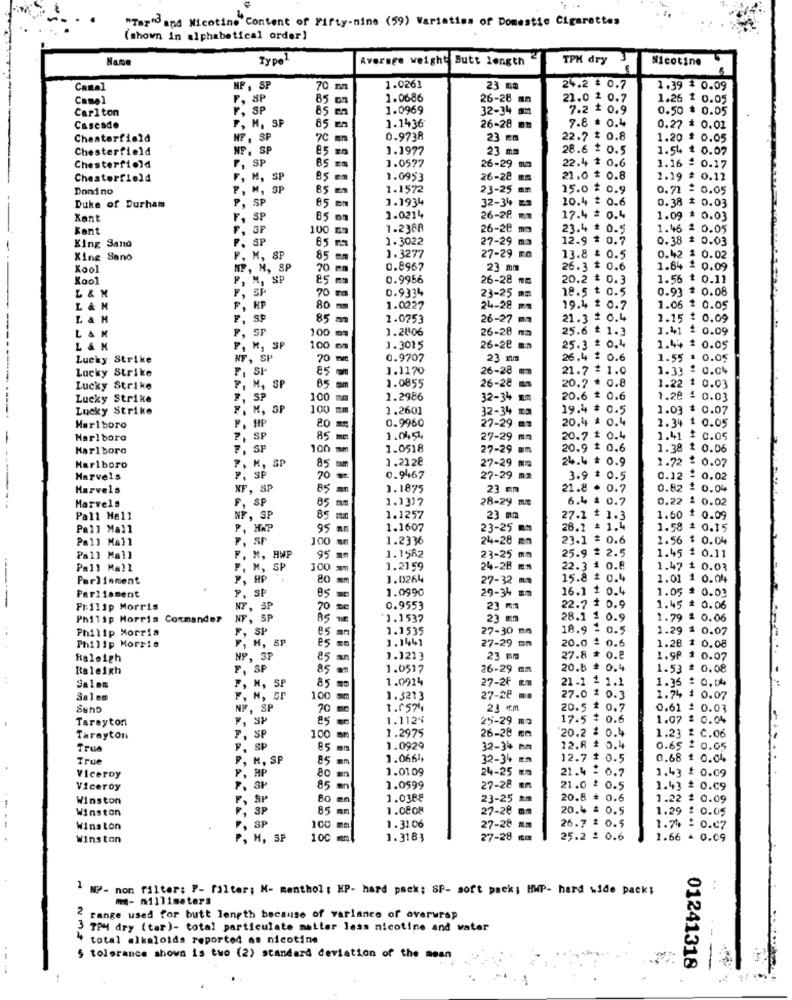
"Tar"Band Nicotine Content of Fifty-nine (59) Varieties of Domestic Cigarettes
(shown in alphabetical order)
Name
Type1
Average weight Butt length
TPM dry
Nicotine
Canal
NP, SP
70 m
1.026]
23 ma
24.2 # 0.7
1.39 $ 0.09
Camel
, SP
85
1.0686
26-28 mm
21.0 1 0.7
1.26 1 0.05
SP
85
1.0969
32-34 mm
7.2 $ 0.9
0.50 $ 0.05
Carlton
85
1.1436
Cascade
M. SP
5 En
26-28 mm
7.8 . 0.4
0.27 = 0.01
Chesterfield
HP , SP
0-9738
23 Æm
22.7 * 0.8
1.20 $ 0.05
Chesterfield
NF. SP
85 mm
1.1977
23 mm
28.6 $ 0.5
1.54 $ 0.07
1.0577
Chesterfield
F, SP
85
26-29 119
22.4 $ 0.6
1.16 = 0.17
Chesterfield
F, M, SP
85
1.0953
26-28 mm
21.0 $ 0.8
1.19 # 0.12
Dond no
F, M, SP
85 mm
1.1572
23-25 mm
15.0 $ 0.9
0.71 = 0.05
P, SP
85
1.1934
32-34 Ra
0.38
: 0.03
Duke of Durham
5 mm
20.4 # 0.6
Kent
F, SP
85
5 mm
1.0214
26-28 mm
17.4 # 0.4
1.09 * 0.03
Kant
3F
100
1.2388
26-20 mm
23.4 # 0.5
1.46 = 0.05
F. SP
65
5 m
1. 3022
27-29 mm
12.9 $ 0.7
0.38 # 0.03
King Sand
Xing Sano
F, M, SP
85 mm
1.3277
27-29 mo
13.8 = 0.5
0.42 $ 0.02
Kool
NF, M, SP
20
0 mm
0.8967
23 mm
26.3 $ 0.6
1.84 = 0.09
Kool
F, M, S
85 mm
0.9956
26-28 mm
20.2 $ 0.3
1.56 ₺ 0.11
70 mm
0.9334
18.5 ₺ 0.5
0.93 * 0.08
L & N
23-25 mm
L& M
P. HP
80m
1.0227
24-28 mm
19.4 * 0.7
1.05 $ 0.05
L & H
F, SP
85
1.0753
26-27 mm
21.3 = 0.4
1.15 * 0.09
F, SP
1.2006
26-28 mm
25.6 ₺ 1.]
1.41 1 0.09
LAK
100 m
L&M
F, M, SP
100 mm
1.3015
26-28 ma
25.3 * 0.4
1.44 # 0.05
Lucky Strike
NF, SP
70 mm
0.9707
23 mm
26.4 # 0.6
1.55 : 0.05
Lucky Strike
F, SI
1.1170
26-28 mm
21.7 : 1.0
1.33 . O.C4
1.0855
1.22 $ 0.03
Lucky Strike
M, SP
85 mm
26-28 mm
20.2 * 0.8
Lucky Strike
SP
100 mm
1.2986
32-34 mm
20.6 * 0.6
1.28 4 0.03
Lucky Strike
F. M, SP
100
1.2601
32-34 13
19.4 $ 0.5
1.03 $ 0.07
0.9960
20.4 * 0.4
2.34 1 0.05
Marlboro
P. HP
20 m
27-29 mm
Marlboro
P, SP
85m
1.0454
27-29 mm
20.7 + 0.4
1.41
c.05
Marlboro
F, SP
100 mm
1.0518
27-29 mm
20.9 $ 0.6
1.38 $ 0.06
1.2128
24.4 # 0.9
1.72 $ 0.07
Marlboro
P. K, SP
85
27-29 mm
Harvels
P. SP
70
0.9467
27-29 m2
3.9 $ 0.5
0.12 : 0.02
Marvels
NF, SP
85 an
1.1875
23 mm
21.8 . 0.7
0.82 $ 0.04
Marvels
F, SP
1.1317
28-29 mm
6.4 = 0.7
0.22 : 0.02
85 mm
Pall Mall
NF, SP
85 mm
1.1257
23 mm
27.1 + 1.3
1.60 $ 0.09
Pall Mall
P, HAP
95 mm
1.1607
23-25 mm
26.1 = 1.4
1.58 # 0.15
Pall Mall
F, SP
100 mm
1.2336
24-28 mm
23.1 $ 0.6
1.56 $ 0.04
1.1582
25.9 # 2.5
1.45 # 0.11
Pall Mall
F. M, HWP
95 mm
23-25 mm
Pall Mall
P. M.
300 mm
1.2159
24-28 mm
22.3 # 0.8
1.47 1 0.03
Parliament
P. HP
80 mm
1.0264
27-32 mm
15.8 # 0.4
1.01 1 0.04
P. SP
1.0990
29-34 mm
16.1 1 0.4
1.05 $ 0.03
Parliament
85 m
Frilip Morris
NY, 3
70 De
0.9553
23 m1
22.7 + 0.9
1.45 = 0.06
Philip Morris Commander
NF, SP
AS THE
*1.1537
23 mm
28.1 1 0.9
1.79 $ 0.06
..
Philip Morris
F, SP
e5 mn
1.1535
27-30 mm
18.9 = 0.5
1.29
0.07
es so
1.1441
27-29 mm
Philip Morris
F, H, SP
20.0 : 0.6
1.28 1 0.08
Raleigh
NP, 3P
es an
1.1213
23 mm
27.8 = 0.8
1.90 $ 0.07
Raleigh
F, SP
85
1.0517
26-29 mm
20.8 * 0.4
1.53 # 0.08
:
1.0914
27-20 m
21-1 1 1.1
1.36 : 0.04
Salon
F, M, SP
85 00
27-28 m
Salem
F, N, SP
100 mm
1.3213
27.0 $ 0.3
1.74
1 0.07
Sunp
NF, SP
70 mc
1.05744
23 cm
20.5 $ 0.7
0.61 2 0.03
Tareyton
F, SP
85 mm
1.1124
17.5 $ 0.6
$ 0.04
1.2975
25-29 ma
20.2 = 0.4
Tarayton
F, SP
100 mm
26-28 mm
1.23 2 C.06
True
F. SP
85 mm
1.0929
32-34 mm
12.8 + 0.4
0.65 2 0.05
True
P, H, SP
85 mm
1.0661
32-34 mm
12.7 $ 0.5
0.68 $ 0.04
80
1.0109
24-25 za
21.4 : 0.7
1.43 $ 0.09
Viceroy
Viceroy
SI
85 an
1.0599
27-28 mm
21.0 $ 0.5
1.43 # 0.09
Winston
F, SP
80 mn
1.0388
23-25 mm
20.8 = 0.6
1.22 : 0.09
Winston
F, 3P
85 mm
1.08o8
27-20 mm
20.4 = 0.5
1.29 : 0.05
26.7 2 0.5
Winston
F, SP
100 mm
1.31.06
27-28 mm
1.74 : 0.07
Winston
P, H, SP
10℃
1.3183
27-28 mm
25.2 : 0.6
1.66 - 0.09
' NP- non filter; P- filter; "- menthol ; HP- hard pack; SP- soft pack; HWP- hard wide pack;
m- millimeters
..
2 range used for butt length because of variance of overwrap
3 TPM dry (tar)- total particulate matter less nicotine and water
total alkaloids reported as nicotine
5 tolerance shown is two (2) standard deviation of the mean
01241318
41